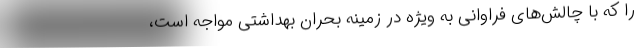
را که با چالش‌های فراوانی به ویژه در زمینه بحران بهداشتی مواجه است،